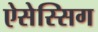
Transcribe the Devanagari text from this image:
ऐसेस्सिग